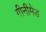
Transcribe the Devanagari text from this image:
गीनीमेड